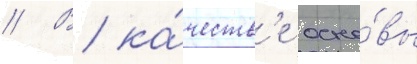
// В ка́честв'е осно́вы